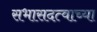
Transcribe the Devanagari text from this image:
सभासदत्वाच्या